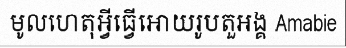
មូលហេតុអ្វីធ្វើអោយរូបតួអង្គ Amabie